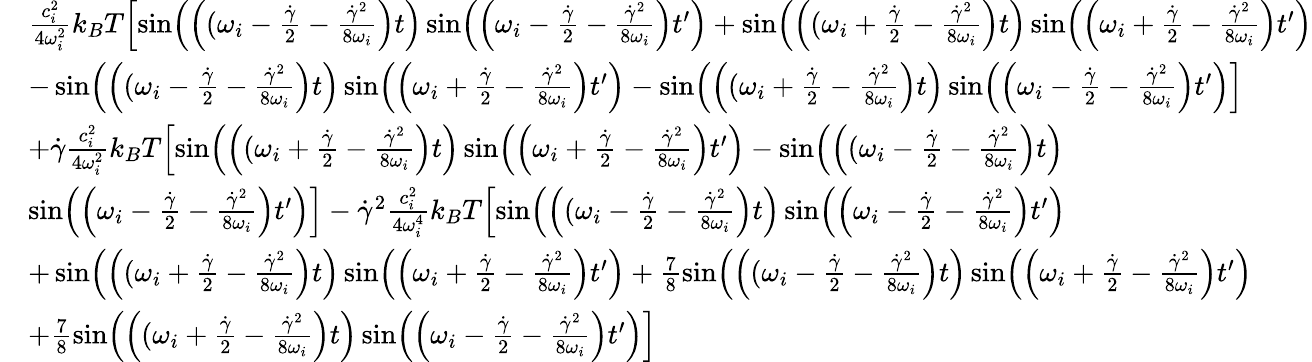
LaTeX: \begin{array}{rl}&{\frac{c_{i}^{2}}{4\omega_{i}^{2}}k_{B}T\Bigl[\sin\Bigl(\Bigl((\omega_{i}-\frac{\dot{\gamma}}{2}-\frac{\dot{\gamma}^{2}}{8\omega_{i}}\Bigr)t\Bigr)\sin\Bigl(\Bigl(\omega_{i}-\frac{\dot{\gamma}}{2}-\frac{\dot{\gamma}^{2}}{8\omega_{i}}\Bigr)t^{\prime}\Bigr)+\sin\Bigl(\Bigl((\omega_{i}+\frac{\dot{\gamma}}{2}-\frac{\dot{\gamma}^{2}}{8\omega_{i}}\Bigr)t\Bigr)\sin\Bigl(\Bigl(\omega_{i}+\frac{\dot{\gamma}}{2}-\frac{\dot{\gamma}^{2}}{8\omega_{i}}\Bigr)t^{\prime}\Bigr)}\\ &{-\sin\Bigl(\Bigl((\omega_{i}-\frac{\dot{\gamma}}{2}-\frac{\dot{\gamma}^{2}}{8\omega_{i}}\Bigr)t\Bigr)\sin\Bigl(\Bigl(\omega_{i}+\frac{\dot{\gamma}}{2}-\frac{\dot{\gamma}^{2}}{8\omega_{i}}\Bigr)t^{\prime}\Bigr)-\sin\Bigl(\Bigl((\omega_{i}+\frac{\dot{\gamma}}{2}-\frac{\dot{\gamma}^{2}}{8\omega_{i}}\Bigr)t\Bigr)\sin\Bigl(\Bigl(\omega_{i}-\frac{\dot{\gamma}}{2}-\frac{\dot{\gamma}^{2}}{8\omega_{i}}\Bigr)t^{\prime}\Bigr)\Bigr]}\\ &{+\dot{\gamma}\frac{c_{i}^{2}}{4\omega_{i}^{2}}k_{B}T\Bigl[\sin\Bigl(\Bigl((\omega_{i}+\frac{\dot{\gamma}}{2}-\frac{\dot{\gamma}^{2}}{8\omega_{i}}\Bigr)t\Bigr)\sin\Bigl(\Bigl(\omega_{i}+\frac{\dot{\gamma}}{2}-\frac{\dot{\gamma}^{2}}{8\omega_{i}}\Bigr)t^{\prime}\Bigr)-\sin\Bigl(\Bigl((\omega_{i}-\frac{\dot{\gamma}}{2}-\frac{\dot{\gamma}^{2}}{8\omega_{i}}\Bigr)t\Bigr)}\\ &{\sin\Bigl(\Bigl(\omega_{i}-\frac{\dot{\gamma}}{2}-\frac{\dot{\gamma}^{2}}{8\omega_{i}}\Bigr)t^{\prime}\Bigr)\Bigr]-\dot{\gamma}^{2}\frac{c_{i}^{2}}{4\omega_{i}^{4}}k_{B}T\Bigl[\sin\Bigl(\Bigl((\omega_{i}-\frac{\dot{\gamma}}{2}-\frac{\dot{\gamma}^{2}}{8\omega_{i}}\Bigr)t\Bigr)\sin\Bigl(\Bigl(\omega_{i}-\frac{\dot{\gamma}}{2}-\frac{\dot{\gamma}^{2}}{8\omega_{i}}\Bigr)t^{\prime}\Bigr)}\\ &{+\sin\Bigl(\Bigl((\omega_{i}+\frac{\dot{\gamma}}{2}-\frac{\dot{\gamma}^{2}}{8\omega_{i}}\Bigr)t\Bigr)\sin\Bigl(\Bigl(\omega_{i}+\frac{\dot{\gamma}}{2}-\frac{\dot{\gamma}^{2}}{8\omega_{i}}\Bigr)t^{\prime}\Bigr)+\frac{7}{8}\sin\Bigl(\Bigl((\omega_{i}-\frac{\dot{\gamma}}{2}-\frac{\dot{\gamma}^{2}}{8\omega_{i}}\Bigr)t\Bigr)\sin\Bigl(\Bigl(\omega_{i}+\frac{\dot{\gamma}}{2}-\frac{\dot{\gamma}^{2}}{8\omega_{i}}\Bigr)t^{\prime}\Bigr)}\\ &{+\frac{7}{8}\sin\Bigl(\Bigl((\omega_{i}+\frac{\dot{\gamma}}{2}-\frac{\dot{\gamma}^{2}}{8\omega_{i}}\Bigr)t\Bigr)\sin\Bigl(\Bigl(\omega_{i}-\frac{\dot{\gamma}}{2}-\frac{\dot{\gamma}^{2}}{8\omega_{i}}\Bigr)t^{\prime}\Bigr)\Bigr]}\end{array}